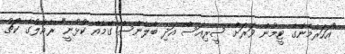
"އަހަރެމެންގެ ޓީމުން ވަރަށް ސީރިއަސް އަދި ބެލެންސް ގޭމެއް ކުޅުނީ" ރެއާލުގެ ކޯޗު